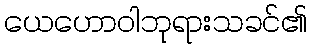
ယေဟောဝါဘုရားသခင်၏